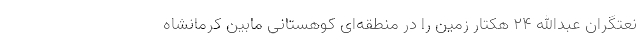
نعتگران عبدالله ۲۴ هکتار زمین را در منطقه‌ای کوهستانی مابین کرمانشاه